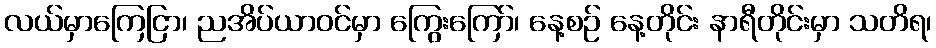
လယ်မှာကြေငြာ၊ ညအိပ်ယာဝင်မှာ ကြွေးကြော်၊ နေ့စဉ် နေ့တိုင်း နာရီတိုင်းမှာ သတိရ၊